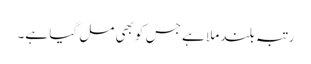
رتبہ بلند ملا ہے جس کو بھی مل گیا ہے۔